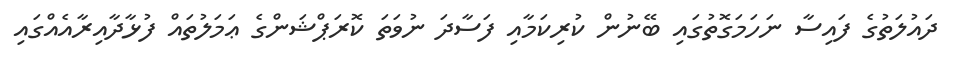
ދައުލަތުގެ ފައިސާ ނަހަމަގޮތުގައި ބޭނުން ކުރިކަމާއި ފަސާދަ ނުވަތަ ކޮރަޕްޝަންގެ ޢަމަލުތައް ފުޅާދާއިރާއެއްގައި